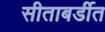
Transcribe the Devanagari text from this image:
सीताबर्डीत